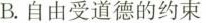
B.自由受道德的约束